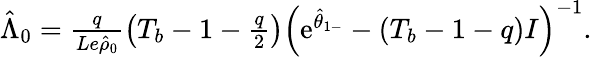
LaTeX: \begin{array}{r}{\hat{\Lambda}_{0}=\frac{q}{Le\hat{\rho}_{0}}\left(T_{b}-1-\frac{q}{2}\right)\left(\mathrm{e}^{\hat{\theta}_{1-}}-(T_{b}-1-q)I\right)^{-1}.}\end{array}